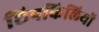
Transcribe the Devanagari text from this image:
छिपकिलियों